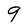
Character: 9